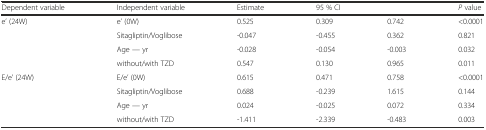
| Dependent variable | Independent variable | Estimate | <COLSPAN=2> 95 % CI | P value |
 | --- | --- | --- | --- | --- | --- |
 | <ROWSPAN=4> e’ (24W) | e’ (0W) | 0.525 | 0.309 | 0.742 | <0.0001 |
 | Sitagliptin/Voglibose | -0.047 | -0.455 | 0.362 | 0.821 |
 | Age — yr | -0.028 | -0.054 | -0.003 | 0.032 |
 | without/with TZD | 0.547 | 0.130 | 0.965 | 0.011 |
 | <ROWSPAN=4> E/e’ (24W) | E/e’ (0W) | 0.615 | 0.471 | 0.758 | <0.0001 |
 | Sitagliptin/Voglibose | 0.688 | -0.239 | 1.615 | 0.144 |
 | Age — yr | 0.024 | -0.025 | 0.072 | 0.334 |
 | without/with TZD | -1.411 | -2.339 | -0.483 | 0.003 |